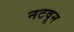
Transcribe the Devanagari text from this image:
नटवून